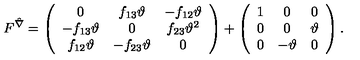
F ^ { \hat { \nabla } } = \left( \begin{array} { c c c } { 0 } & { f _ { 1 3 } \vartheta } & { - f _ { 1 2 } \vartheta } \\ { - f _ { 1 3 } \vartheta } & { 0 } & { f _ { 2 3 } \vartheta ^ { 2 } } \\ { f _ { 1 2 } \vartheta } & { - f _ { 2 3 } \vartheta } & { 0 } \\ \end{array} \right) + \left( \begin{array} { c c c } { 1 } & { 0 } & { 0 } \\ { 0 } & { 0 } & { \vartheta } \\ { 0 } & { - \vartheta } & { 0 } \\ \end{array} \right) .